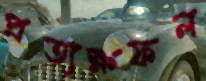
প্রত্যক্ষফল